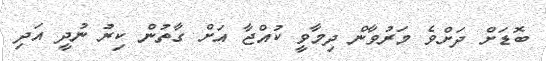
ބޮޑަށް ދަށްވެ މަރުވާން ދިމާވީ ކުއްޖާ އަށް ގާތުން ކިރު ނުދީ އަދި